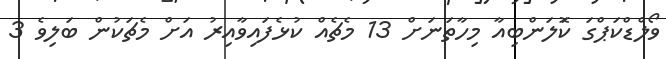
ވޯލްޑްކަޕްގަ ކޮަލަންބިއާ މިހާތަނަށް 13 މެޗެއް ކުޅެފައިވާއިރު އަށް މެޗަކުން ބަލިވެ 3